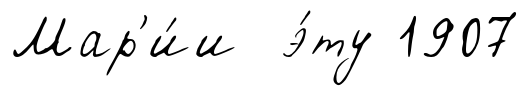
Мар'и́и э́ту 1907